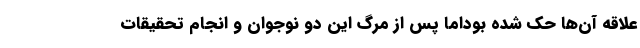
علاقه آن‌ها حک شده بوداما پس از مرگ این دو نوجوان و انجام تحقیقات